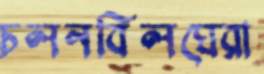
চলনবিলঘেরা